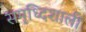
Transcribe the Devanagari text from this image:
समृध्दिशाली